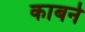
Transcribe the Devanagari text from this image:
काबर्न